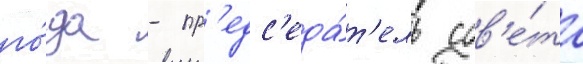
го́да - пр'едс'еда́т'ель сов'е́та